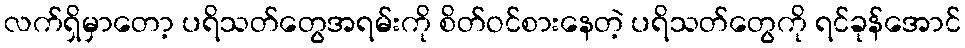
လက်ရှိမှာတော့ ပရိသတ်တွေအရမ်းကို စိတ်ဝင်စားနေတဲ့ ပရိသတ်တွေကို ရင်ခုန်အောင်